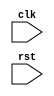
//top.v

/**
 * Used as a staging area for demoing all the design.
 *	Demonstrates the following code
 *		<??>_io_handler
 *		wishbone_master
 *		wishbone_interconnect
 *		wishbone_rom
 *		wishbone_slave
 *
 */

module top (
	clk,
	rst	
);

input clk;
input rst;

endmodule